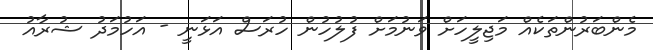
މެންބަރުންތަކެއް މަޖިލީހަށް ވަނުމަށް ފުލުހުން ހުރަސް އަޅަނީ - އަހުމަދު ޝުރާއު